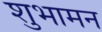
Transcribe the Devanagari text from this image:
शुभामन